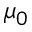
\mu _ { 0 }